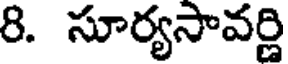
8. సూర్యసావర్ణి